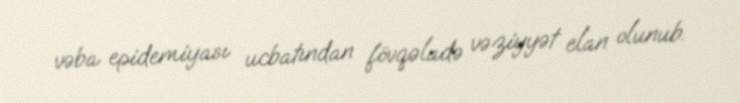
vəba epidemiyası ucbatından fövqəladə vəziyyət elan olunub.